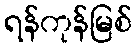
ရန်ကုန်မြစ်